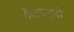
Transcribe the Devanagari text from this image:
कैंटालूपो